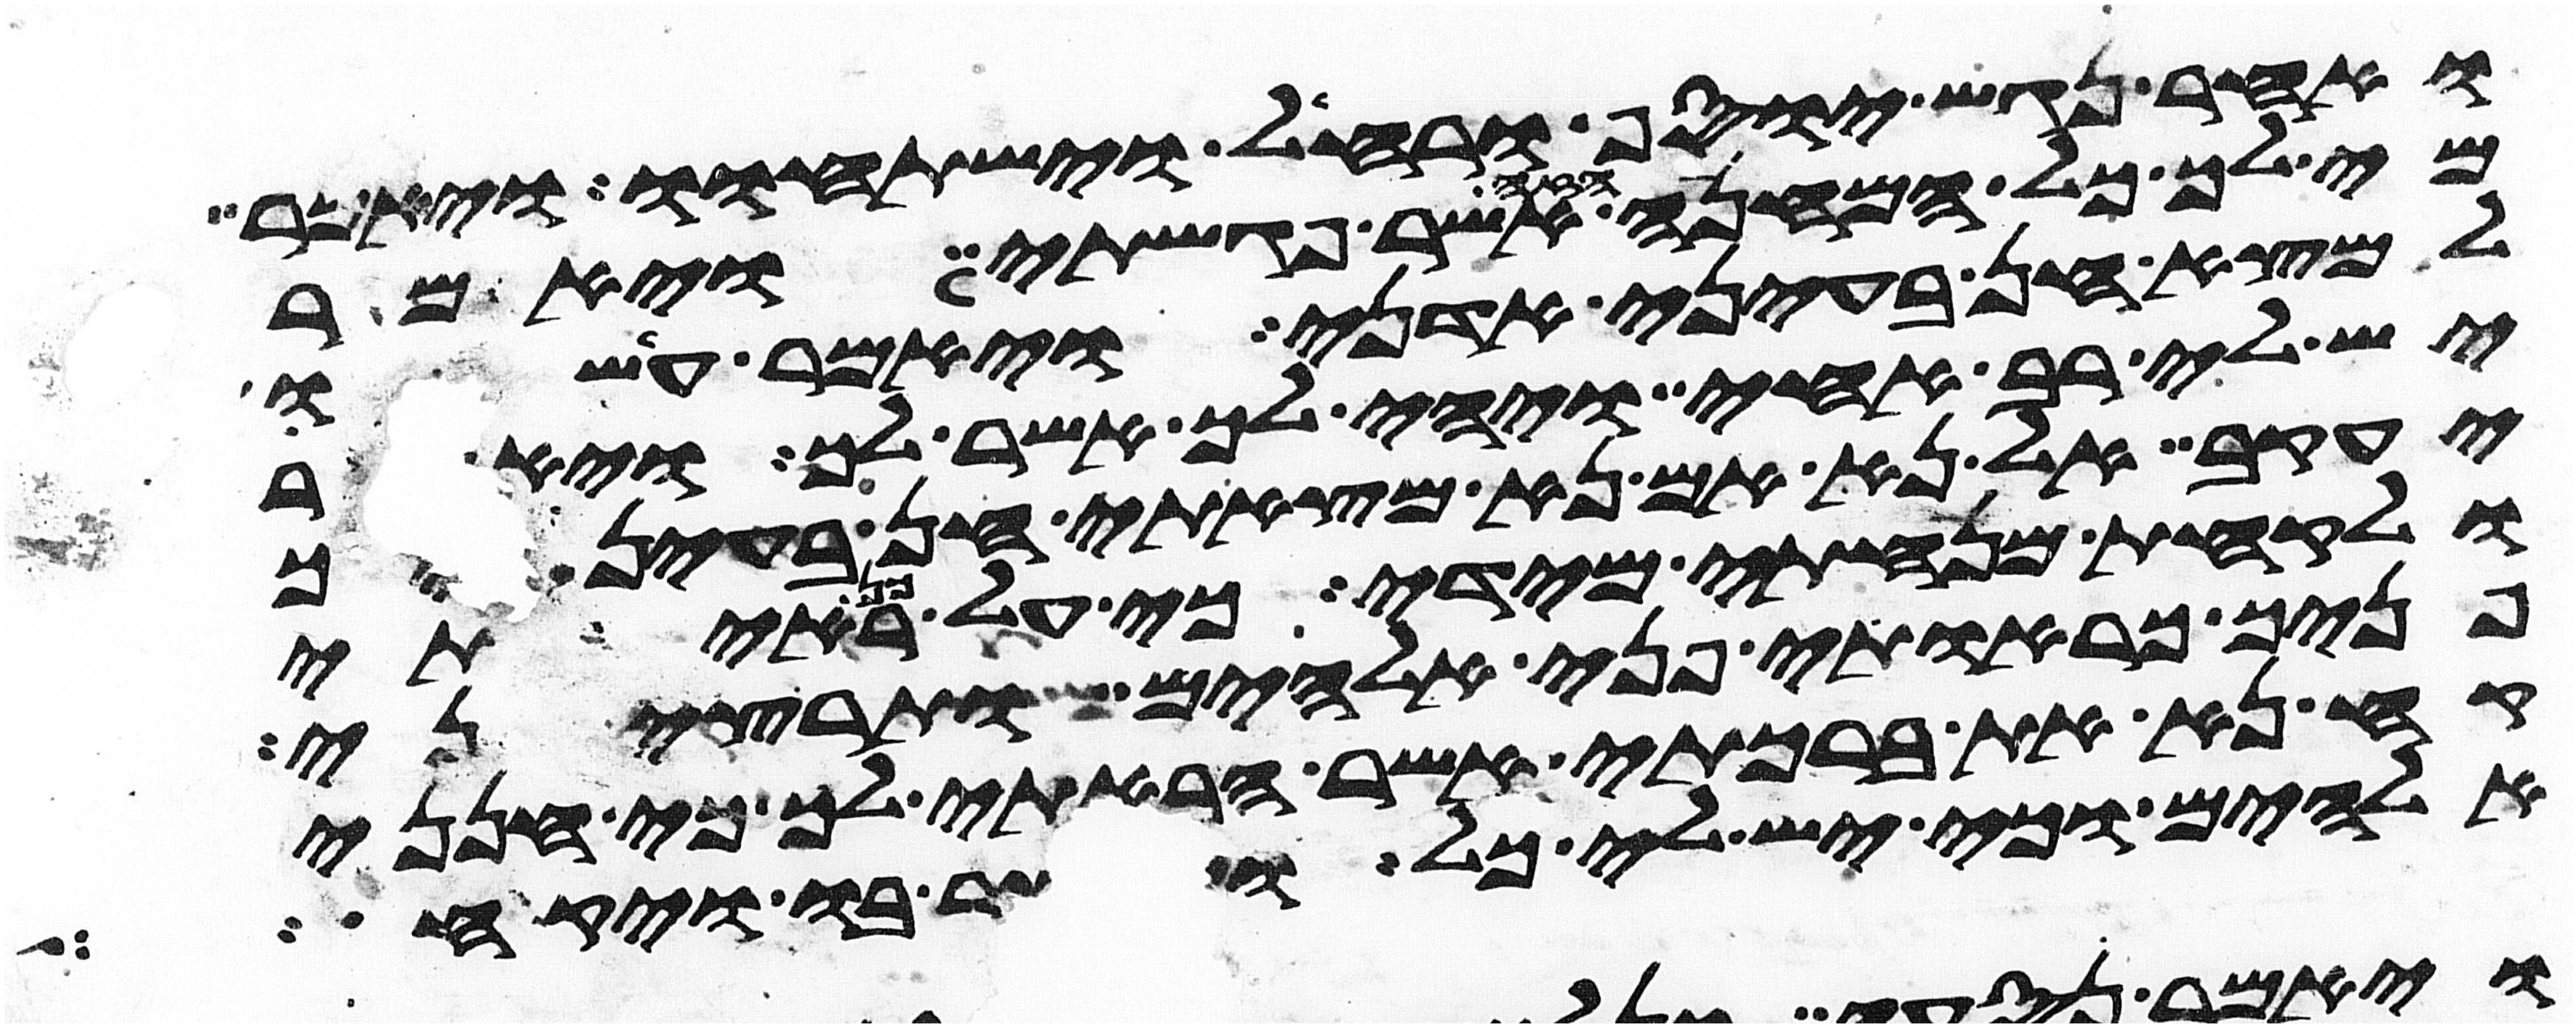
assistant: ואחר נגש יוסף ורחל וישתחוו ויאמר
מי לך כל המחנה הזה אשר פגשתי ויאמר
למצא חן בעיני אדני ויאמר עשו
יש לי רב אחי ויהי לך אשר לך ויאמר
יעקב אל נא אם נא מצאתי חן בעיניך
ולקחת מנחתי מידי כי על כן ראיתי
פניך כראות פני אלהים ותרצני
קח נא את ברכתי אשר הבאתי לך כי חנני
אלהים וכי יש לי כל ויפצר בו ויקח